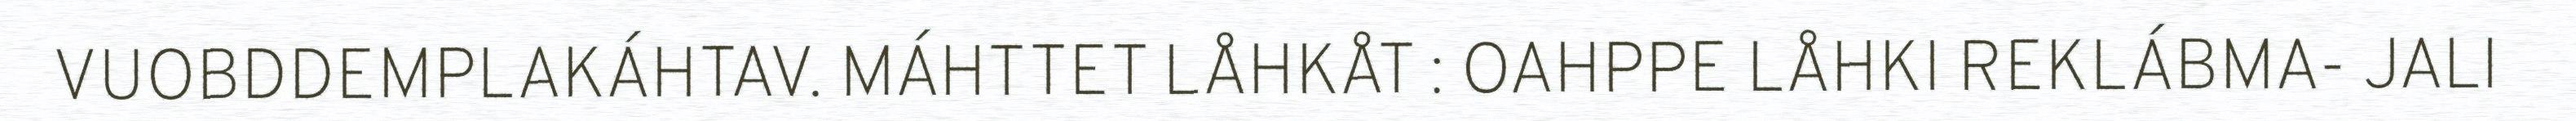
VUOBDDEMPLAKÁHTAV. MÁHTTET LÅHKÅT : OAHPPE LÅHKI REKLÁBMA- JALI